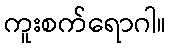
ကူးစက်ရောဂါ။